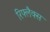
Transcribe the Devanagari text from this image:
रिफ्लैक्‍स